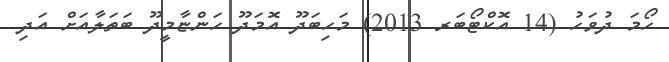
ހޯމަ ދުވަހު (14 އޮކްޓޯބަރ 2013) މަހިބަދޫ އޮމަދޫ ހަންޏާމީދޫ ބަތަލާއަށް އަދި